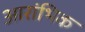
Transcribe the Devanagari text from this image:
आरांभिक